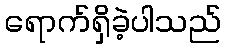
ရောက်ရှိခဲ့ပါသည်